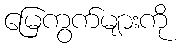
မြေကွက်များကို